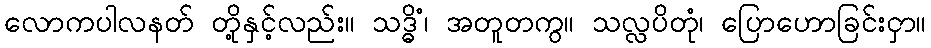
လောကပါလနတ် တို့နှင့်လည်း။ သဒ္ဓိံ၊ အတူတကွ။ သလ္လပိတုံ၊ ပြောဟောခြင်းငှာ။